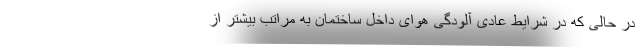
در حالی که در شرایط عادی آلودگی هوای داخل ساختمان به مراتب بیشتر از